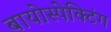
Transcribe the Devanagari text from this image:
बायोस्पेक्‍टिंग